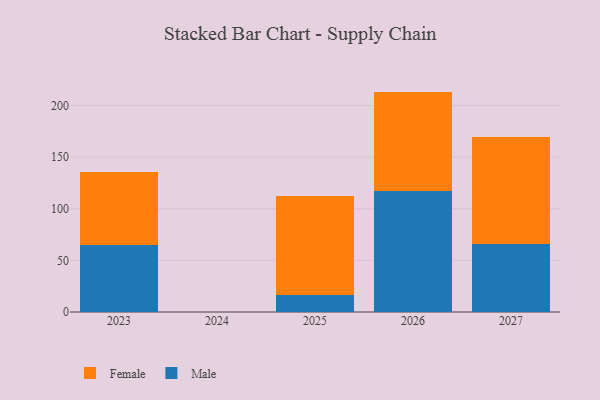
{"axis": {"x": "Year", "y": "Active Users"}, "legend": ["Female", "Male"], "data": [{"x": "2025", "y": 16.6, "type": "Male"}, {"x": "2025", "y": 96.0, "type": "Female"}, {"x": "2026", "y": 117.3, "type": "Male"}, {"x": "2026", "y": 96.2, "type": "Female"}, {"x": "2027", "y": 66.3, "type": "Male"}, {"x": "2027", "y": 103.0, "type": "Female"}, {"x": "2023", "y": 64.9, "type": "Male"}, {"x": "2023", "y": 71.1, "type": "Female"}]}